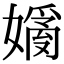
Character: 𡡗